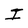
Character: I